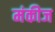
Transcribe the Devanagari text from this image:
मंकीज